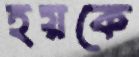
হয়কে